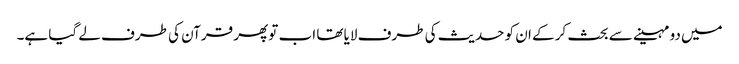
میں دو مہینے سے بحث کر کے ان کو حدیث کی طرف لایا تھا اب تو پھر قرآن کی طرف لے گیا ہے۔